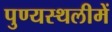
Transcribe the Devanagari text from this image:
पुण्‍यस्‍थलीमें